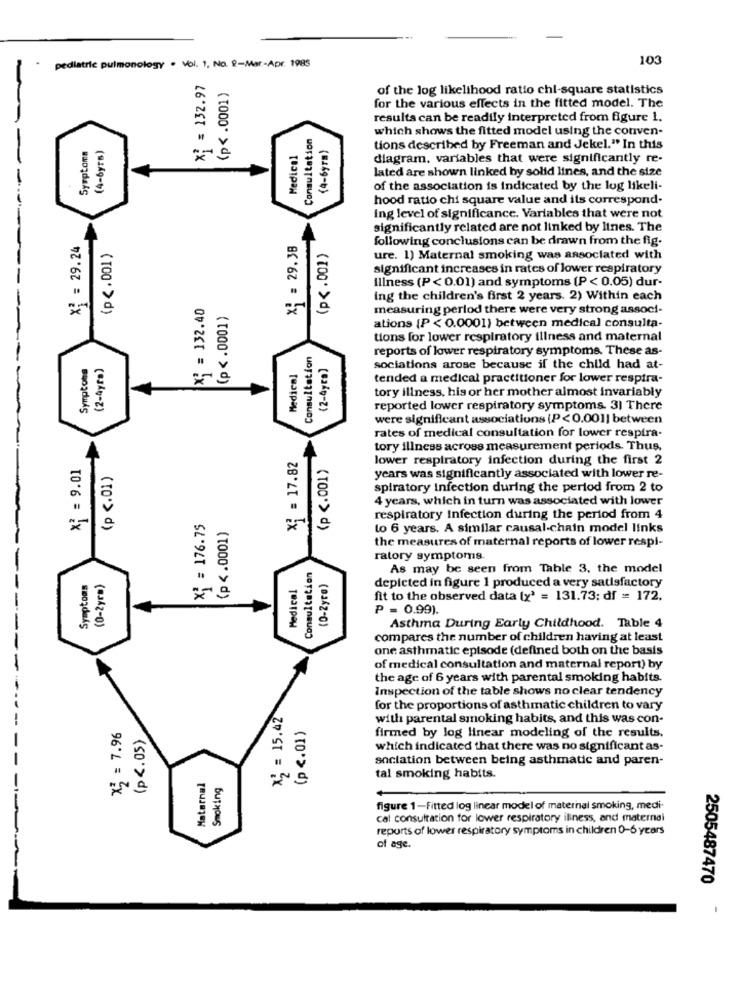
103
pediatric pulmonology . Vol. 1. No. 8-Mar-Apr. 1985
X* = 132.97
(p< . 0001)
of the log likelihood ratio chi-square statistics
for the various effects in the fitted model. The
results can be readily interpreted from figure 1.
Consultation
which shows the fitted model using the conven-
(4-6yr=)
Symptoms
(4-6yrs)
Medical
tions described by Freeman and Jekel." In this
diagram. variables that were significantly re-
lated are shown linked by solid lines, and the size
of the association is indicated by the log likeli-
hood ratio chi square value and its correspond-
ing level of significance. Variables that were not
significantly related are not linked by lines. The
x2 = 29.24
xi = 29.38
following conclusions can be drawn from the fig.
(p <. 001 )
(p <. 001)
ure. 1) Maternal smoking was associated with
significant increases in rates of lower respiratory
Illness (P <0.01) and symptoms (P < 0.05) dur-
X* = 132.40
ing the children's first 2 years. 2) Within each
(p <. 0001)
measuring perlod there were very strong associ-
ations [P < 0.0001) between medical consulta-
tions for lower respiratory illness and maternal
Consultation
reports of lower respiratory symptoms. These as-
Symptons
(2-Ayf=)
(2-4yca]
Medical
sociations arose because if the child had at-
tended a medical practitioner for lower respira-
tory illness, his or her mother almost invariably
reported lower respiratory symptoms. 3) There
were significant associations (P< 0.001] between
rates of medical consultation for lower respira-
tory illness across measurement periods. Thus,
xi = 9.01
X2 = 17.82
(p <. 001)
lower respiratory infection during the first 2
(p <. 01)
years was significantly associated with lower re-
spiratory infection during the period from 2 to
4 years, which in turn was associated with lower
X* = 176.75
respiratory Infection during the period from 4
(p <. 0001)
to 6 years. A similar causal-chain model links
the measures of maternal reports of lower respi-
ratory symptoms.
Consultation
(0-Zyre)
As may be seen from Table 3, the model
Symptoms
(0-2yr»)
Medical
depicted in figure 1 produced a very satisfactory
fit to the observed data (x' = 131.73: df = 172.
P = 0.99).
Asthma During Early Childhood. Table 4
compares the number of children having at least
one asthmatic episode (defined both on the basis
of medical consultation and maternal report) by
the age of 6 years with parental smoking habits.
Inspection of the table shows no clear tendency
X; = 15.42
for the proportions of asthmatic children to vary
with parental smoking habits, and this was con-
x; = 7.96
(p <. 05)
(p <. 01)
firmed by log linear modeling of the results.
which indicated that there was no significant as-
sociation between being asthmatic and paren-
Maternal
Smoking
tal smoking habits.
figure 1-Fitted log linear model of maternal smoking, medi-
cal consultation for lower respiratory iliness, and maternal
reports of lower respiratory symptoms in children 0-6 years
of age.
2505487470
-